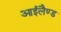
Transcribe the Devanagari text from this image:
आईलैण्‍ड